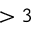
> 3